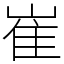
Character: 崔